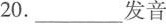
20.___发音